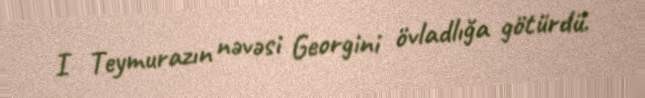
I Teymurazın nəvəsi Georgini övladlığa götürdü.